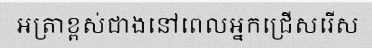
អត្រាខ្ពស់ជាងនៅពេលអ្នកជ្រើសរើស